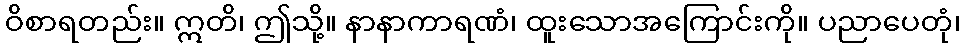
ဝိစာရတည်း။ ဣတိ၊ ဤသို့။ နာနာကာရဏံ၊ ထူးသောအကြောင်းကို။ ပညာပေတုံ၊